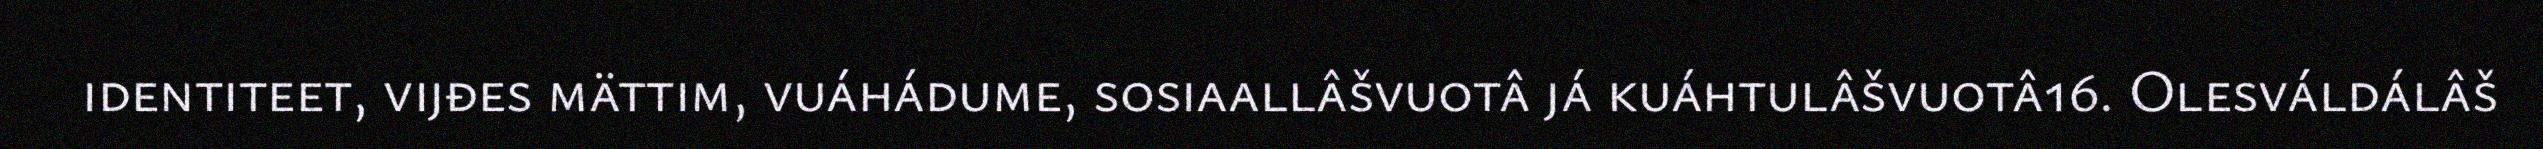
identiteet, vijđes mättim, vuáhádume, sosiaallâšvuotâ já kuáhtulâšvuotâ16. Olesváldálâš